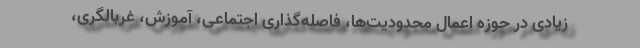
زیادی در حوزه اعمال محدودیت‌ها، فاصله‌گذاری اجتماعی، آموزش، غربالگری،